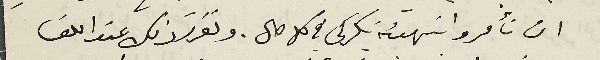
ان تأمروا بتهيئة بكركى في كل حال. ونقرر ذلك عند اللقا